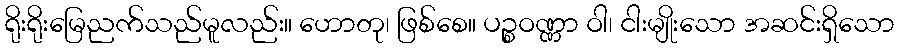
ရိုးရိုးမြေညက်သည်မူလည်း။ ဟောတု၊ ဖြစ်စေ။ ပဉ္စဝဏ္ဏာ ဝါ၊ ငါးမျိုးသော အဆင်းရှိသော